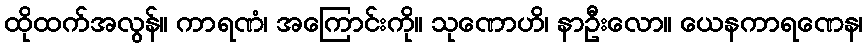
ထိုထက်အလွန်။ ကာရဏံ၊ အကြောင်းကို။ သုဏောဟိ၊ နာဦးလော။ ယေနကာရဏေန၊